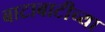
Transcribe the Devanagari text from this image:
बाटाबाटीच्या